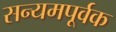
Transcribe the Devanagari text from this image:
सन्यमपूर्वक